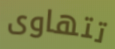
تتهاوى